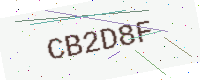
Text: CB2D8F